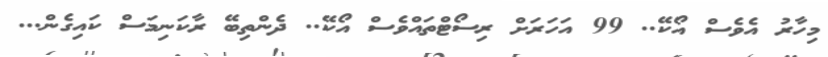
މިހާރު އެވެސް އޯކޭ.. 99 އަހަރަށް ރިސޯޓްތައްވެސް އޯކޭ.. ދެންތިބޭ ރާކަނިމަސް ކައިގެން...